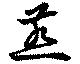
燕